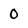
Character: 0